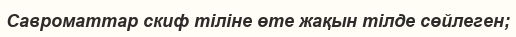
Савроматтар скиф тіліне өте жақын тілде сөйлеген;